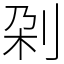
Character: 刴